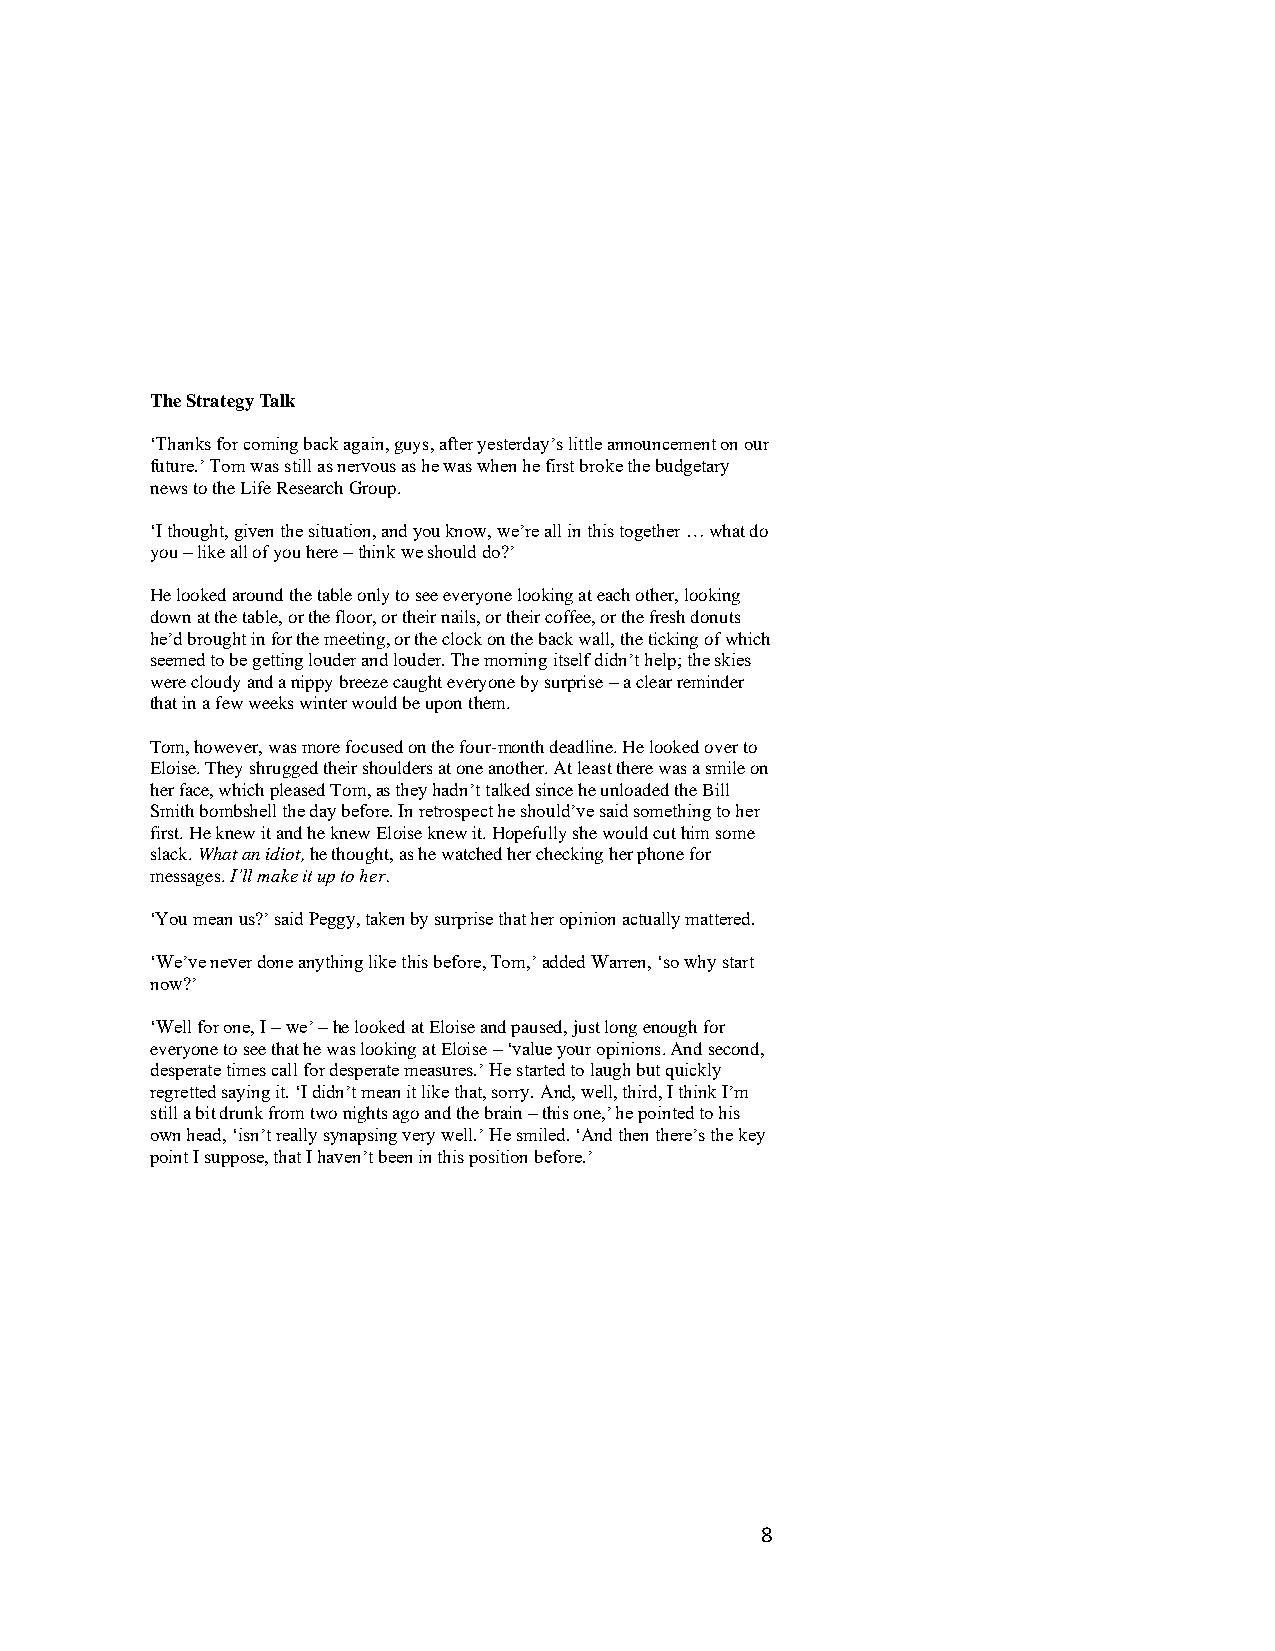
The Strategy Talk
 ‘Thanks for coming back again, guys, after yesterday’s little announcement on our
 future.’ Tom was still as nervous as he was when he first broke the budgetary
 news to the Life Research Group.
 ‘I thought, given the situation, and you know, we’re all in this together … what do
 you – like all of you here – think we should do?’
 He looked around the table only to see everyone looking at each other, looking
 down at the table, or the floor, or their nails, or their coffee, or the fresh donuts
 he’d brought in for the meeting, or the clock on the back wall, the ticking of which
 seemed to be getting louder and louder. The morning itself didn’t help; the skies
 were cloudy and a nippy breeze caught everyone by surprise – a clear reminder
 that in a few weeks winter would be upon them.
 Tom, however, was more focused on the four-month deadline. He looked over to
 Eloise. They shrugged their shoulders at one another. At least there was a smile on
 her face, which pleased Tom, as they hadn’t talked since he unloaded the Bill
 Smith bombshell the day before. In retrospect he should’ve said something to her
 first. He knew it and he knew Eloise knew it. Hopefully she would cut him some
 slack. What an idiot, he thought, as he watched her checking her phone for
 messages. I’ll make it up to her.
 ‘You mean us?’ said Peggy, taken by surprise that her opinion actually mattered.
 ‘We’ve never done anything like this before, Tom,’ added Warren, ‘so why start
 now?’
 ‘Well for one, I – we’ – he looked at Eloise and paused, just long enough for
 everyone to see that he was looking at Eloise – ‘value your opinions. And second,
 desperate times call for desperate measures.’ He started to laugh but quickly
 regretted saying it. ‘I didn’t mean it like that, sorry. And, well, third, I think I’m
 still a bit drunk from two nights ago and the brain – this one,’ he pointed to his
 own head, ‘isn’t really synapsing very well.’ He smiled. ‘And then there’s the key
 point I suppose, that I haven’t been in this position before.’
 8